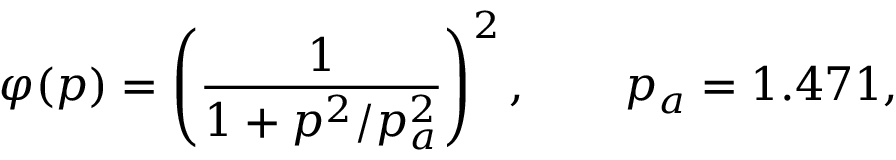
\varphi ( p ) = \left( \frac { 1 } { 1 + p ^ { 2 } / p _ { a } ^ { 2 } } \right) ^ { 2 } , \qquad p _ { a } = 1 . 4 7 1 ,